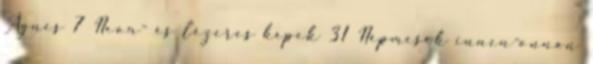
Ágnes 7 Neon- és lézeres képek 31 Népmesék innen-onnan